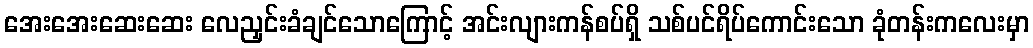
အေးအေးဆေးဆေး လေညှင်းခံချင်သောကြောင့် အင်းလျားကန်စပ်ရှိ သစ်ပင်ရိပ်ကောင်းသော ခုံတန်းကလေးမှာ